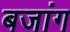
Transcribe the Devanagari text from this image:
बजांग